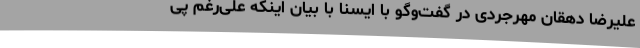
علیرضا دهقان مهرجردی در گفت‌وگو با ایسنا با بیان اینکه علی‌رغم پی